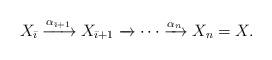
LaTeX: \begin{align*}X_{{\bar\imath}}\xrightarrow{\alpha_{{\bar\imath}+1}}X_{{\bar\imath}+1}\xrightarrow{}\cdots \xrightarrow{\alpha_n} X_n=X.\end{align*}